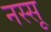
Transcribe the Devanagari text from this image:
नस्सू